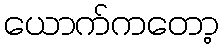
ယောက်ကတော့